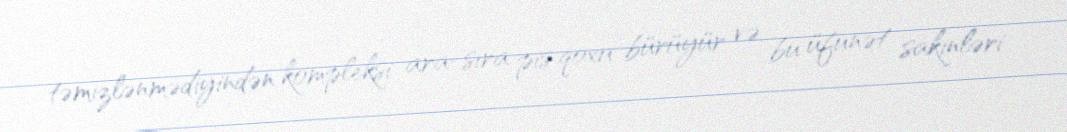
təmizlənmədiyindən kompleksi ara-sıra pis qoxu bürüyür və bu üfunət sakinləri